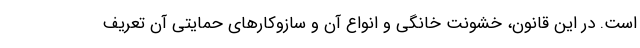
است. در این قانون، خشونت خانگی و انواع آن و سازوکارهای حمایتی آن تعریف